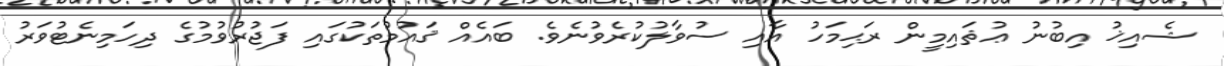
ޝެއިޚު އިބުނު ޢުޘައިމީން ރަޙިމަހު އާއި ސުވާލުކުރެވުނެވެ. ބައެއް ޤައުމުތަކުގައި ފަޖުރުވުމުގެ ދިހަމިނެޓުވަރު